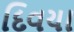
દિવયા